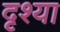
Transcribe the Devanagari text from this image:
दृश्या